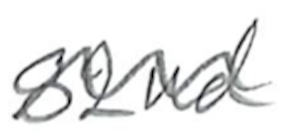
Text: 82nd
Cross-out: wave
Writing tool: pencil